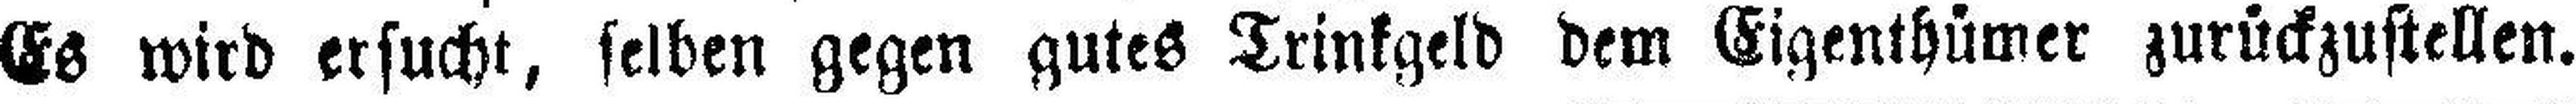
Es wird ersucht, selben gegen gutes Trinkgeld dem Eigenthümer zurückzustellen.